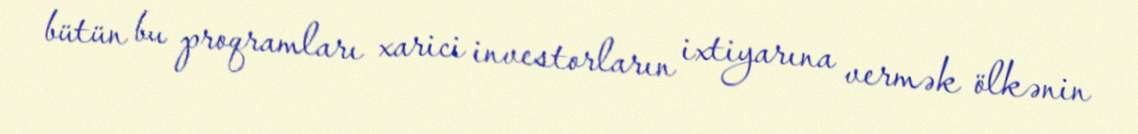
bütün bu proqramları xarici investorların ixtiyarına vermək ölkənin